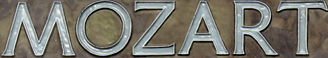
MOZART